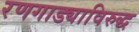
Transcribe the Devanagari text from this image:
रणगाड्याविरुद्ध